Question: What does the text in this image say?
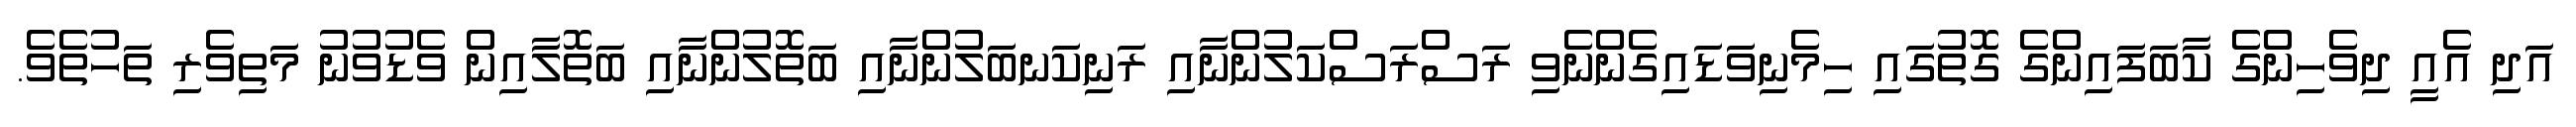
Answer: އަދި އެއީ ދިވެހިންގެ ކާބަފައިންގެ ގޮތުގައި ހިމެނިވަޑައިގެންނެވި ރަސްރަސްކަލުންނާއި ރަނިކަނބަލުންނާއި ބަތޮލުންނާއި ބަތޮލާއިން ވެޑުވުނު މަތިވެރި ތަހުތެވެ.